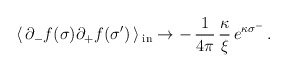
\begin{align*}\langle\, \partial_{-}f(\sigma)\partial_{+}f(\sigma')\, \rangle \,_{\rm{in}}\rightarrow-\,\frac{1}{4\pi }\,\frac{\kappa }{\xi}\,e^{\kappa \sigma^{-}} \,.\end{align*}